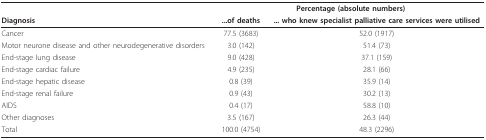
<table><thead><tr><td></td><td colspan="2"><b>Percentage (absolute numbers)</b></td></tr><tr><td><b>Diagnosis</b></td><td><b>...of deaths</b></td><td><b>... who knew specialist palliative care services were utilised</b></td></tr></thead><tbody><tr><td>Cancer</td><td>77.5 (3683)</td><td>52.0 (1917)</td></tr><tr><td>Motor neurone disease and other neurodegenerative disorders</td><td>3.0 (142)</td><td>51.4 (73)</td></tr><tr><td>End-stage lung disease</td><td>9.0 (428)</td><td>37.1 (159)</td></tr><tr><td>End-stage cardiac failure</td><td>4.9 (235)</td><td>28.1 (66)</td></tr><tr><td>End-stage hepatic disease</td><td>0.8 (39)</td><td>35.9 (14)</td></tr><tr><td>End-stage renal failure</td><td>0.9 (43)</td><td>30.2 (13)</td></tr><tr><td>AIDS</td><td>0.4 (17)</td><td>58.8 (10)</td></tr><tr><td>Other diagnoses</td><td>3.5 (167)</td><td>26.3 (44)</td></tr><tr><td>Total</td><td>100.0 (4754)</td><td>48.3 (2296)</td></tr></tbody></table>